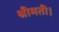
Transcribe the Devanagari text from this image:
श्रीमती।